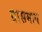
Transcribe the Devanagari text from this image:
ग्रासमान